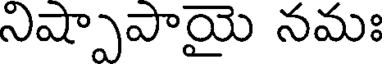
నిష్పాపాయై నమః